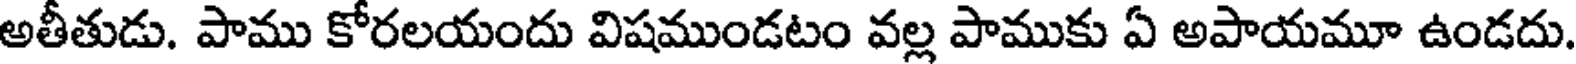
అతీతుడు. పాము కోరలయందు విషముండటం వల్ల పాముకు ఏ అపాయమూ ఉండదు